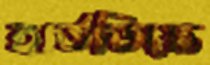
হার্ডডিস্কে